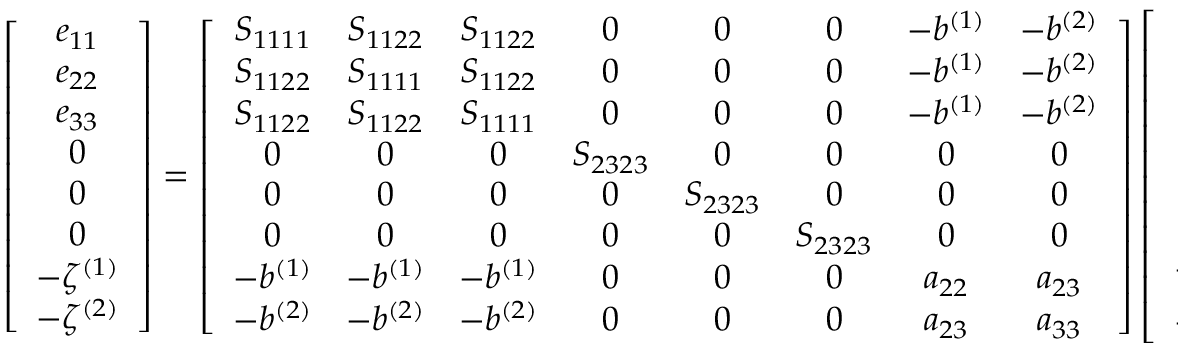
\left[ \begin{array} { c } { e _ { 1 1 } } \\ { e _ { 2 2 } } \\ { e _ { 3 3 } } \\ { 0 } \\ { 0 } \\ { 0 } \\ { - \zeta ^ { ( 1 ) } } \\ { - \zeta ^ { ( 2 ) } } \end{array} \right] = \left[ \begin{array} { c c c c c c c c } { S _ { 1 1 1 1 } } & { S _ { 1 1 2 2 } } & { S _ { 1 1 2 2 } } & { 0 } & { 0 } & { 0 } & { - b ^ { ( 1 ) } } & { - b ^ { ( 2 ) } } \\ { S _ { 1 1 2 2 } } & { S _ { 1 1 1 1 } } & { S _ { 1 1 2 2 } } & { 0 } & { 0 } & { 0 } & { - b ^ { ( 1 ) } } & { - b ^ { ( 2 ) } } \\ { S _ { 1 1 2 2 } } & { S _ { 1 1 2 2 } } & { S _ { 1 1 1 1 } } & { 0 } & { 0 } & { 0 } & { - b ^ { ( 1 ) } } & { - b ^ { ( 2 ) } } \\ { 0 } & { 0 } & { 0 } & { S _ { 2 3 2 3 } } & { 0 } & { 0 } & { 0 } & { 0 } \\ { 0 } & { 0 } & { 0 } & { 0 } & { S _ { 2 3 2 3 } } & { 0 } & { 0 } & { 0 } \\ { 0 } & { 0 } & { 0 } & { 0 } & { 0 } & { S _ { 2 3 2 3 } } & { 0 } & { 0 } \\ { - b ^ { ( 1 ) } } & { - b ^ { ( 1 ) } } & { - b ^ { ( 1 ) } } & { 0 } & { 0 } & { 0 } & { a _ { 2 2 } } & { a _ { 2 3 } } \\ { - b ^ { ( 2 ) } } & { - b ^ { ( 2 ) } } & { - b ^ { ( 2 ) } } & { 0 } & { 0 } & { 0 } & { a _ { 2 3 } } & { a _ { 3 3 } } \end{array} \right] \left[ \begin{array} { c } { \sigma _ { 1 1 } } \\ { \sigma _ { 2 2 } } \\ { \sigma _ { 3 3 } } \\ { 0 } \\ { 0 } \\ { 0 } \\ { - p _ { f } ^ { ( 1 ) } } \\ { - p _ { f } ^ { ( 2 ) } } \end{array} \right] \, ,